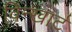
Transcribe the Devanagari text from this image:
विन्खार्ट